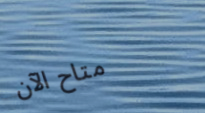
متاح الآن